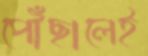
পৌঁছালেই